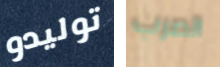
توليدو الصرب